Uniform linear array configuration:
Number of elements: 64
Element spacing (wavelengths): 0.5
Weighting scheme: blackman
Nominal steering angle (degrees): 30
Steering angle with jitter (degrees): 28.835
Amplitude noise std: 0.05
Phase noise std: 0.05

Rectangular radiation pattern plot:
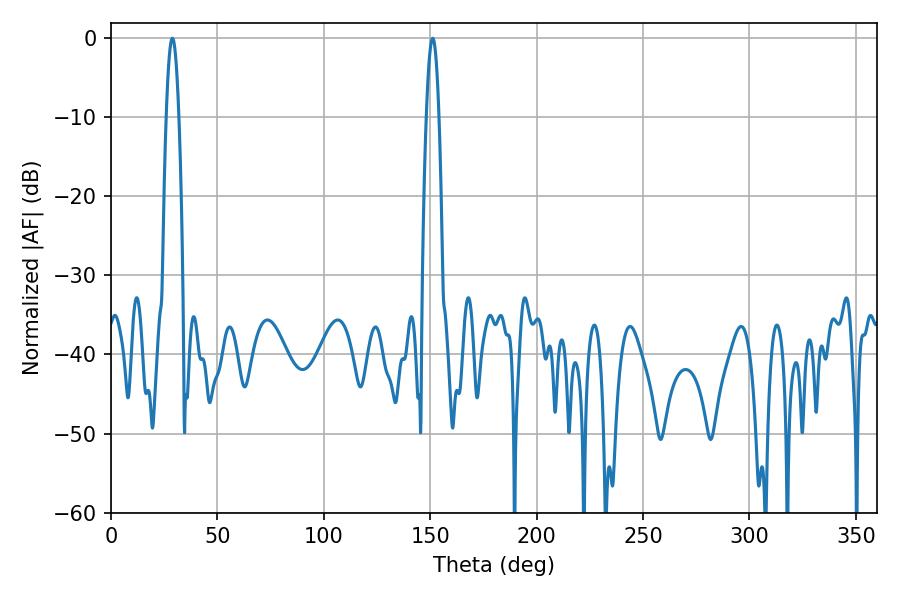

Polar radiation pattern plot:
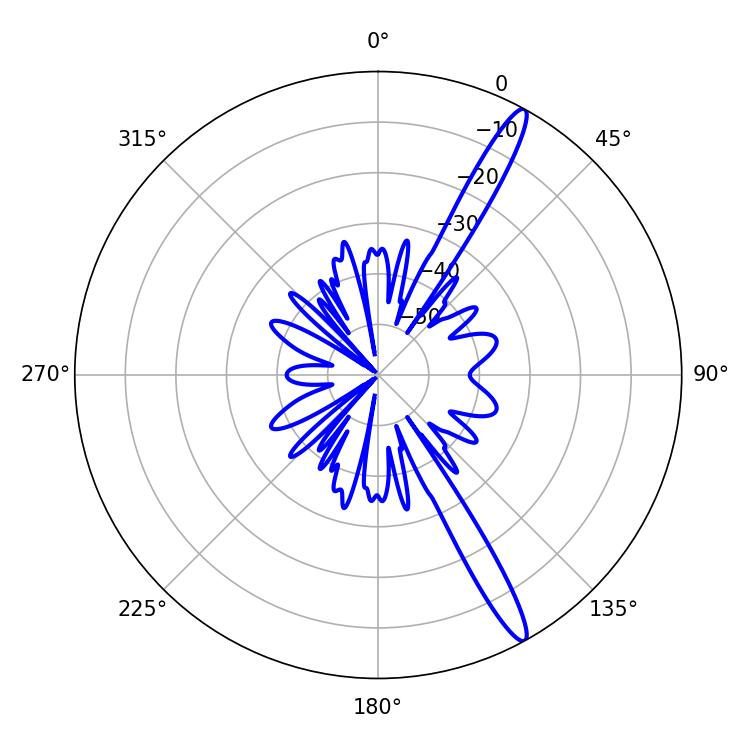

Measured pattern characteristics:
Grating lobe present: FALSE
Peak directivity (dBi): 15.226
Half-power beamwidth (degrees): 3.24
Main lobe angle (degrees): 28.8